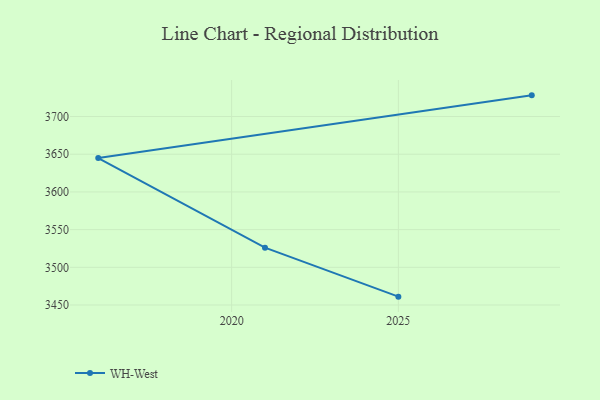
{"axis": {"x": "Year", "y": "Tickets Resolved"}, "legend": ["WH-West"], "data": [{"x": "2025", "y": 3461.1, "type": "WH-West"}, {"x": "2021", "y": 3526.1, "type": "WH-West"}, {"x": "2016", "y": 3644.9, "type": "WH-West"}, {"x": "2029", "y": 3728.1, "type": "WH-West"}]}